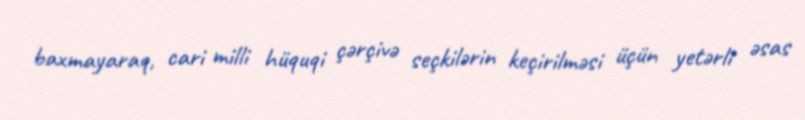
baxmayaraq, cari milli hüquqi çərçivə seçkilərin keçirilməsi üçün yetərli əsas